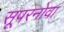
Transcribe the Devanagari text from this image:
सूपरनोवा